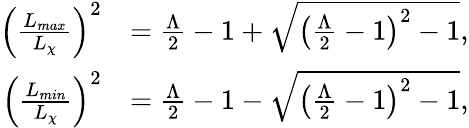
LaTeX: \begin{array}{rl}{\left(\frac{L_{max}}{L_{\chi}}\right)^{2}}&{=\frac{\Lambda}{2}-1+\sqrt{\left(\frac{\Lambda}{2}-1\right)^{2}-1},}\\ {\left(\frac{L_{min}}{L_{\chi}}\right)^{2}}&{=\frac{\Lambda}{2}-1-\sqrt{\left(\frac{\Lambda}{2}-1\right)^{2}-1},}\end{array}